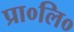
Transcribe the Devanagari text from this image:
प्रा०लि०